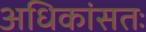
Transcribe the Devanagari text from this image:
अधिकांसतः